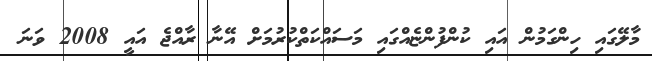
މާލޭގައި ހިންގަމުން އައި ކުންފުންޏެއްގައި މަސައްކަތްކުރުމަށް އޭނާ ރާއްޖެ އައީ 2008 ވަނަ